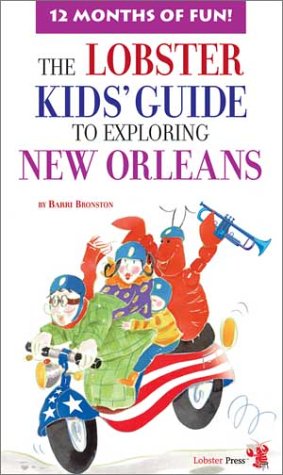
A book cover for Lobster Kids' Guide to Exploring New Orleans (Kids' City Explorer Series); Barri Bronston; Travel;